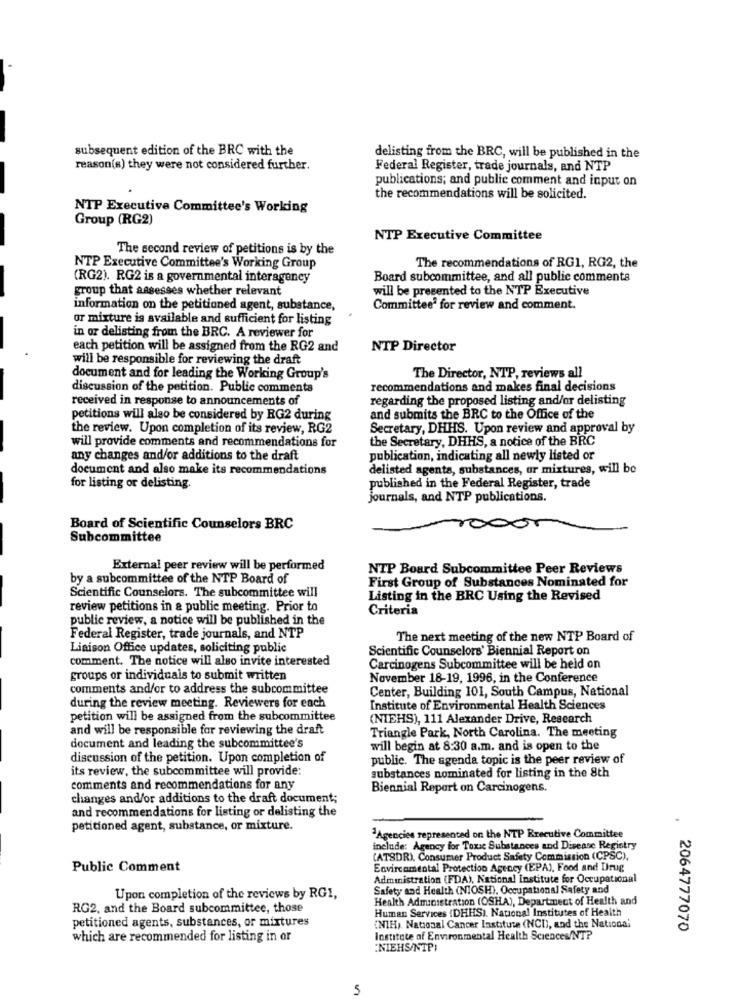
subsequent edition of the BRC with the
delisting from the BRC, will be published in the
reason(s) they were not considered further.
Federal Register, trade journals, and NTP
publications; and public comment and input on
the recommendations will be solicited.
NTP Executive Committee's Working
Group (RG2)
NTP Executive Committee
The second review of petitions is by the
The recommendations of RG1, RG2, the
NTP Executive Committee's Working Group
(RG2). RG2 is a governmental interageney
Board subcommittee, and all public comments
group that assesses whether relevant
will be presented to the NTP Executive
information on the petitioned agent, substance,
Committee for review and comment.
or mixture is available and sufficient for listing
in or delisting from the BRC. A reviewer for
each petition will be assigned from the RG2 and
NTP Director
will be responsible for reviewing the draft
document and for leading the Working Group's
The Director, NTP, reviews all
discussion of the petition. Public comments
recommendations and makes final decisions
received in response to announcements of
regarding the proposed listing and/or delisting
petitions will also be considered by RG2 during
and submits the BRC to the Office of the
the review. Upon completion of its review, RG2
Secretary, DHHS. Upon review and approval by
the Secretary, DHHS, a notice of the BRC
will provide comments and recommendations for
any changes and/or additions to the draft
publication, indicating all newly listed or
document and also make its recommendations
delisted agents, substances, or mixtures, will be
for listing or delisting.
published in the Federal Register, trade
journals, and NTP publications.
Board of Scientific Counselors BRC
Subcommittee
External peer review will be performed
NTP Board Subcommittee Peer Reviews
by a subcommittee of the NTP Board of
First Group of Substances Nominated for
Scientific Counselors. The subcommittee will
Listing in the BRC Using the Revised
review petitions in a public meeting. Prior to
Criteria
public review, a notice will be published in the
Federal Register, trade journals, and NTP
The next meeting of the new NTP Board of
Liaison Office updates, soliciting public
Scientific Counselors' Biennial Report on
comment. The notice will also invite interested
Carcinogens Subcommittee will be held on
groups or individuals to submit written
November 18-19, 1996, in the Conference
comments and/or to address the subcommittee
Center, Building 101, South Campus, National
during the review meeting. Reviewers for each
Institute of Environmental Health Sciences
petition will be assigned from the subcommittee
(NIEHS), 111 Alexander Drive, Research
and will be responsible for reviewing the draft
Triangle Park, North Carolina. The meeting
document and leading the subcommittee's
will begin at 8:30 a.m. and is open to the
discussion of the petition. Upon completion of
public. The agenda topic is the peer review of
its review, the subcommittee will provide:
substances nominated for listing in the 8th
comments and recommendations for any
Biennial Report on Carcinogens.
changes and/or additions to the draft document;
and recommendations for listing or delisting the
petitioned agent, substance, or mixture.
"Agencies represented on the NTP Rrecutive Committee
include: Agency for Toxic Substances and Disease Registry
(ATSDR), Consumer Product Safety Commission (CPSC).
Public Comment
Envircamental Protection Agency (EPA), Food and Drug
Administration (FDA), National Institute for Occupational
Safety and Health (NIOSH), Occupational Safety and
Upon completion of the reviews by RG1,
Health Administration (OSHA), Department of Health and
RG2, and the Board subcommittee, those
Human Services (DHHS). National Institutes of Health
petitioned agents, substances, or mixtures
(NIH) National Cancer Institute (NCI), and the National
2064777070
which are recommended for listing in or
Institute of Environmental Health Sciences/NT?
:NIEHS/NTP)